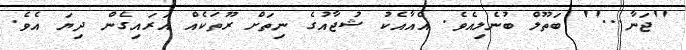
''ޖަނާ...'' ބަތޫލް ބުނެލިއެވެ. އެއާއެކު ޝުޖާއުގެ ނިތަށް ރޫތަކެއް އަރައިގެން ދިޔަ އެވެ.